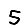
Digit: 5